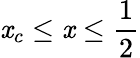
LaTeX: \mathit{x}_{c}\leq\mathit{x}\leq\frac{{1}}{{2}}